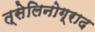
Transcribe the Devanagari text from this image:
त्सेलिनोग्राद